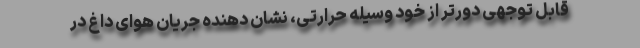
قابل توجهی دورتر از خود وسیله حرارتی، نشان دهنده جریان هوای داغ در